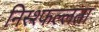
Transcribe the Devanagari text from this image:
निस्श्फल्लता